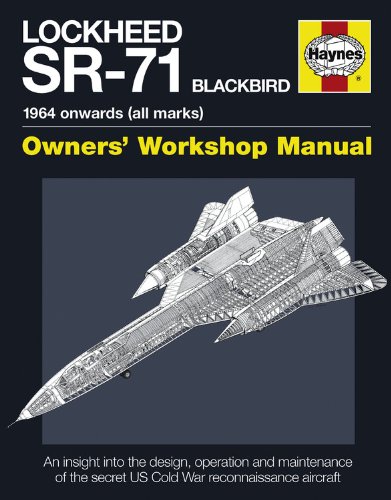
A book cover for Lockheed SR-71 Blackbird: 1964 onwards (all marks) (Owners' Workshop Manual); Paul F. Crickmore; Engineering & Transportation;